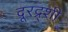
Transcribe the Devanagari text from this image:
दूरद्र्शी